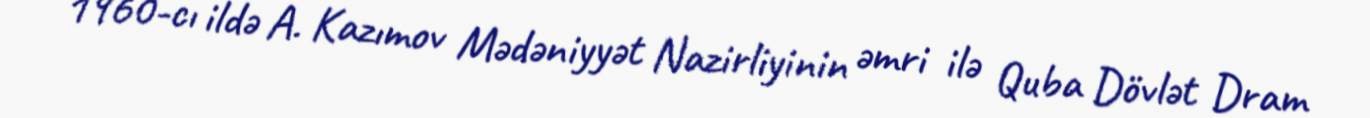
1960-cı ildə A. Kazımov Mədəniyyət Nazirliyinin əmri ilə Quba Dövlət Dram